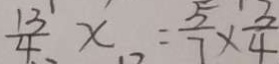
\frac { 1 3 } { 4 } x = \frac { 5 } { 7 } \times \frac { 3 } { 4 }